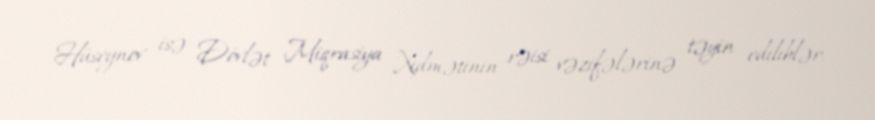
Hüseynov isə Dövlət Miqrasiya Xidmətinin rəisi vəzifələrinə təyin ediliblər.